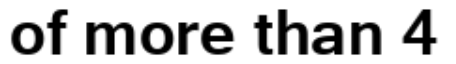
of more than 4